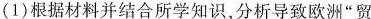
(1)根据材料并结合所学知识，分析导致欧洲”贸